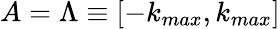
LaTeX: A=\Lambda\equiv[-k_{max},k_{max}]